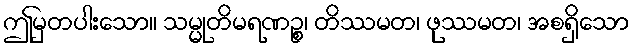
ဤမှတပါးသော။ သမ္မုတိမရဏဉ္စ၊ တိဿမတ၊ ဖုဿမတ၊ အစရှိသော